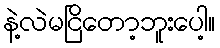
နဲ့လဲမငြိတော့ဘူးပေါ့။